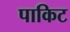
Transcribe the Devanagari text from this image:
पाकिट